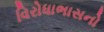
વિરોધાભાસનો